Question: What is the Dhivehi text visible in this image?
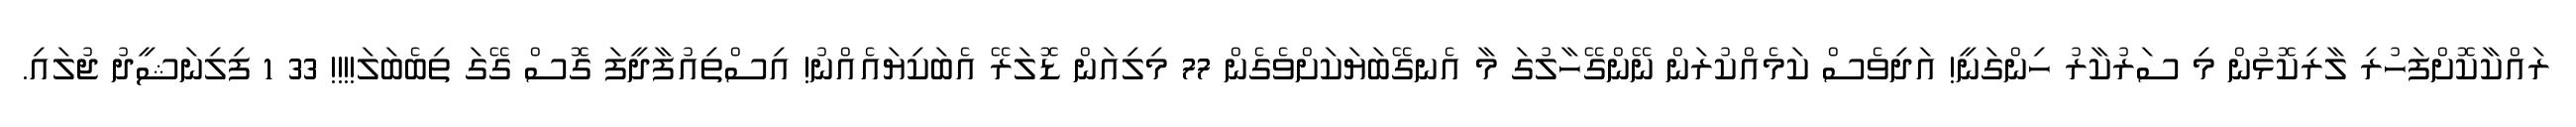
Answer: ރައްކާކޮށްފަހުރި ލާރިކޮޅުން މި ސަރުކާރު ހިންގަނީ! އަދިވެސް ކަމެއްކުރަން ނޭންގޭހާލުގަ މާ އެނގޭބަޔަކަށްވެގެން 77 މިލިއަން ޑޮލަރޭ އެބަކިޔައެއްނު! އިސްތިއުފާދީފަ ގޮސް ގޭގަ ތިބެބަލަ!!!! 33 1 ފިލިނަޝީދު ޖުލައި.